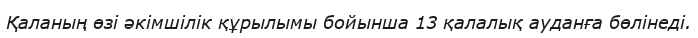
Қаланың өзі әкімшілік құрылымы бойынша 13 қалалық ауданға бөлінеді.